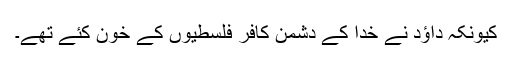
کیونکہ داؤد نے خدُا کے دشمن کافر فلسطیوں کے خون کئے تھے۔